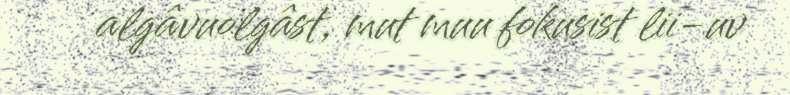
algâvuolgâst, mut muu fokusist lii-uv